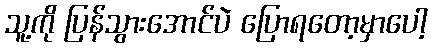
သူ့ကို ပြန်သွားအောင်ပဲ ပြောရတော့မှာပေါ့